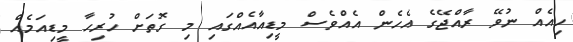
ހިއެއް ނުވޭ ރާއްޖޭގެ އެހެން އެއްވެސް މީޑިއާއެއްގައި މި ގޮތަށް ހުރިހާ މީޑިއަމެއް